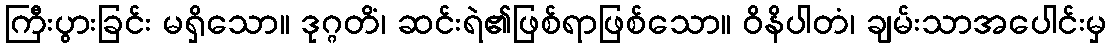
ကြီးပွားခြင်း မရှိသော။ ဒုဂ္ဂတိံ၊ ဆင်းရဲ၏ဖြစ်ရာဖြစ်သော။ ဝိနိပါတံ၊ ချမ်းသာအပေါင်းမှ